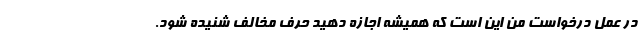
در عمل درخواست من این است که همیشه اجازه دهید حرف مخالف شنیده شود.